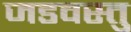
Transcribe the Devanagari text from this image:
जडवस्तु